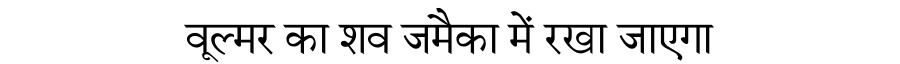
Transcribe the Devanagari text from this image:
वूल्मर का शव जमैका में रखा जाएगा